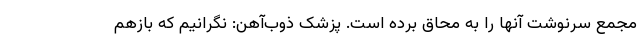
مجمع سرنوشت آنها را به محاق برده است. پزشک ذوب‌آهن: نگرانیم که بازهم